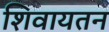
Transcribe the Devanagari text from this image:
शिवायतन